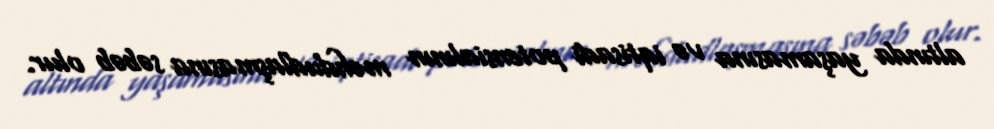
altında yaşamasına və iqtisadi potensialının məhdudlaşmasına səbəb olur.